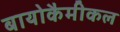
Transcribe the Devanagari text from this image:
बायोकैमीकल